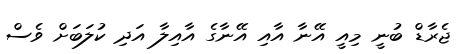
ޖެރާޑް ބުނީ މިއީ އޭނާ އާއި އޭނާގެ އާއިލާ އަދި ކުލަބަށް ވެސް